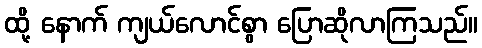
ထို့ နောက် ကျယ်လောင်စွာ ပြောဆိုလာကြသည်။